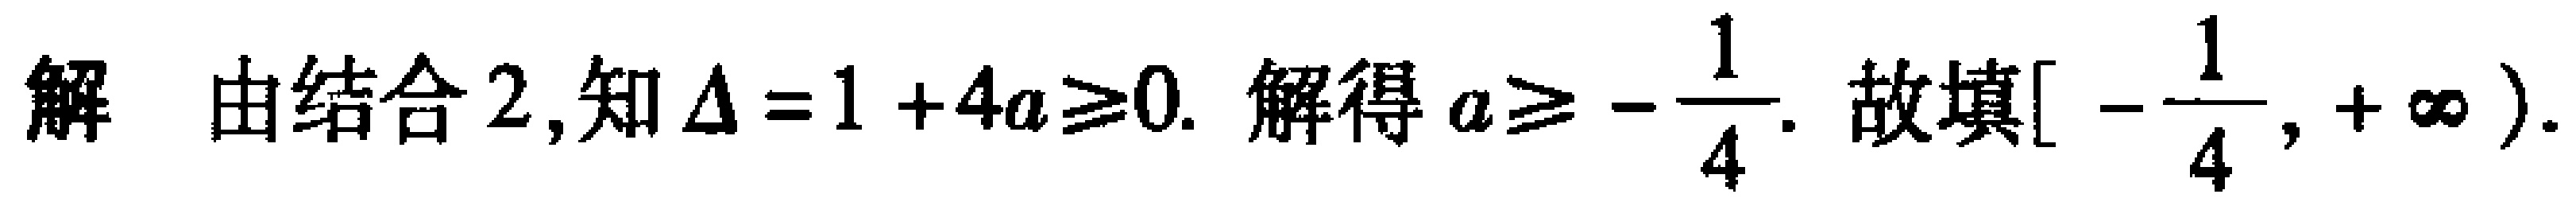
解 由结合 2,知$\Delta = 1 + 4a\geqslant0$. 解得$a\geqslant -\dfrac{1}{4}$. 故填$\left[-\dfrac{1}{4},+\infty\right)$.